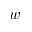
w